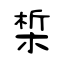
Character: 椞